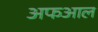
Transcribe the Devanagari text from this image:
अफआल